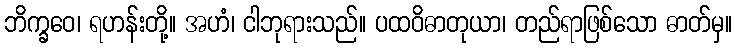
ဘိက္ခဝေ၊ ရဟန်းတို့။ အဟံ၊ ငါဘုရားသည်။ ပထဝိဓာတုယာ၊ တည်ရာဖြစ်သော ဓာတ်မှ။